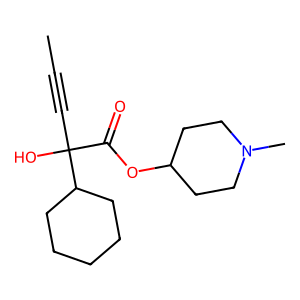
SMILES: CC#CC(O)(C(=O)OC1CCN(C)CC1)C1CCCCC1
Inhibits HIV replication: No